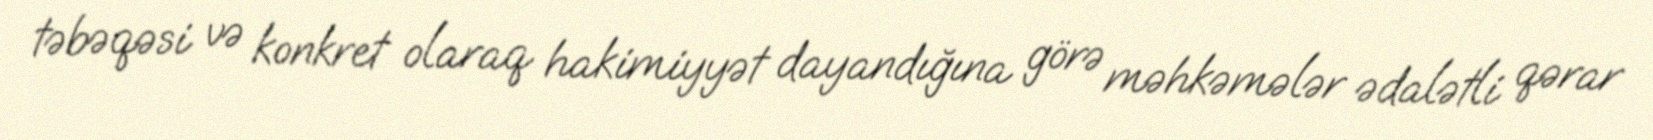
təbəqəsi və konkret olaraq hakimiyyət dayandığına görə məhkəmələr ədalətli qərar